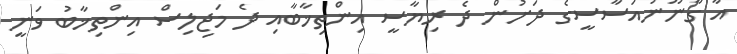
އާ ގާނޫނުއަސާސީގެ ދަށުން ދެ ރިޔާސީ އިންތިޚާބާއި ދެ މަޖިލިސް އިންތިޚާބު ވަނީ